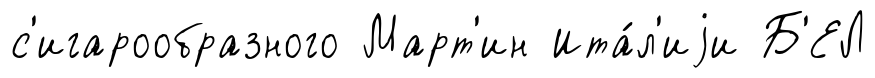
с'игарообразного Март'ин Ита́л'иjи Б'ЕЛ